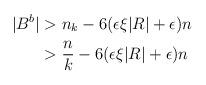
LaTeX: \begin{align*}\begin{aligned}|B^b| &> n_k-6(\epsilon \xi |R| + \epsilon)n \\&> \frac{n}{k} - 6(\epsilon \xi |R| + \epsilon)n \\\end{aligned}\end{align*}